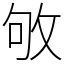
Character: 敂